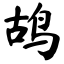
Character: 鸪